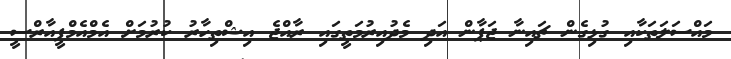
މައްސަލަތަކާއި ގުޅިގެން ޗައިނާ ޖަޕާން އަދި މެދުއިރުމަތީގައި ރާއްޖެ އިޝްތިހާރު ކުރުމަށް އެމްއެމްޕީއާރްސީ